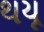
થયૂ